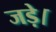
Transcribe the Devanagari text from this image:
जड़े।